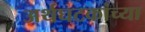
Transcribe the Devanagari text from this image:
अर्थघटकांच्या